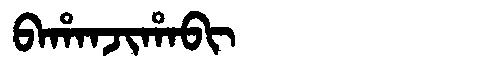
Manchu: ᠪᠠᡥᠠᠨᠵᡳᡥᠠᠪᡳ
Romanization: BAHANJIHABI